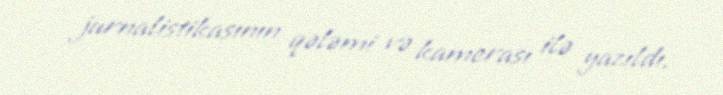
jurnalistikasının qələmi və kamerası ilə yazıldı.